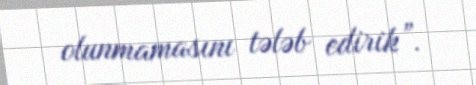
olunmamasını tələb edirik”.